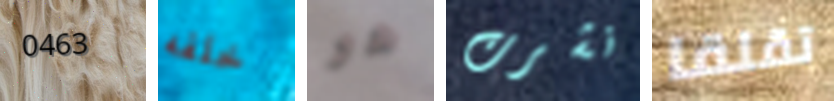
0463 خلفه هو نشرت تقلقا